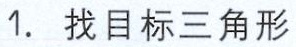
1. 找目标三角形